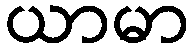
ယာမာ